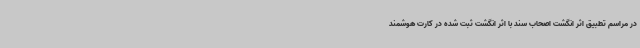
در مراسم تطبیق اثر انگشت اصحاب سند با اثر انگشت ثبت شده در کارت هوشمند